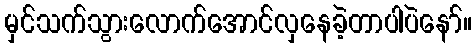
မှင်သက်သွားလောက်အောင်လှနေခဲ့တာပါပဲနော်။